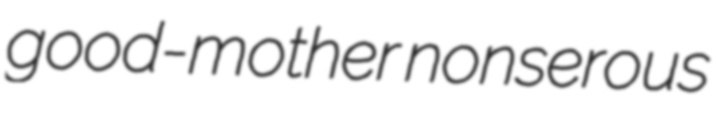
good-mother nonserous